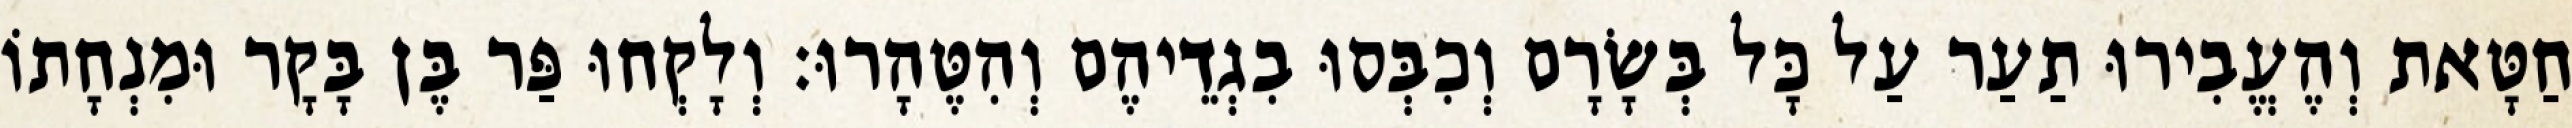
חַטָּאת וְהֶעֱבִירוּ תַעַר עַל כָּל בְּשָׂרָם וְכִבְּסוּ בִגְדֵיהֶם וְהִטֶּהָרוּ׃ וְלָקְחוּ פַּר בֶּן בָּקָר וּמִנְחָתוֹ